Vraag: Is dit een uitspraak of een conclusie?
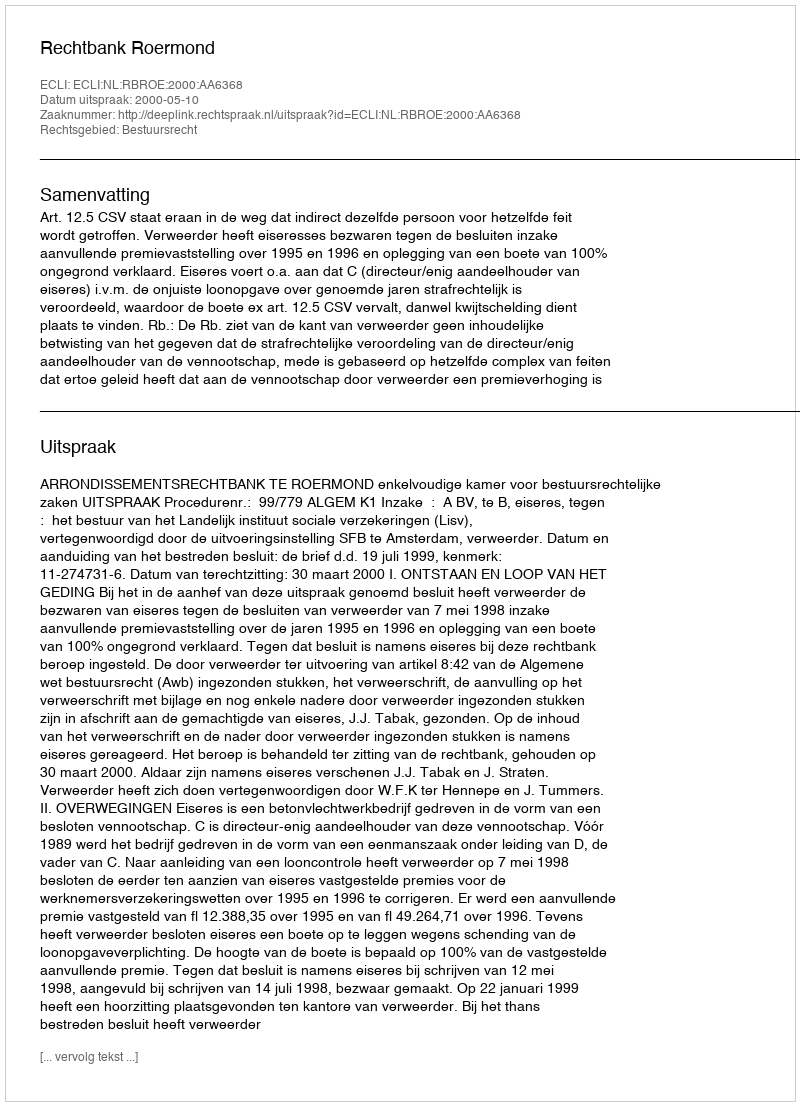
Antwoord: Uitspraak